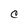
Character: C